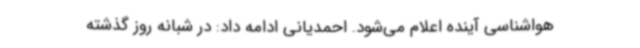
هواشناسی آینده اعلام می‌شود. احمدیانی ادامه داد: در شبانه روز گذشته